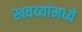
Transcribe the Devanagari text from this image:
खवय्यांमध्ये